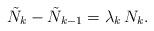
LaTeX: \begin{align*}\tilde N_k - \tilde N_{k-1} = \lambda_k\, N_k.\end{align*}